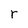
Character: r